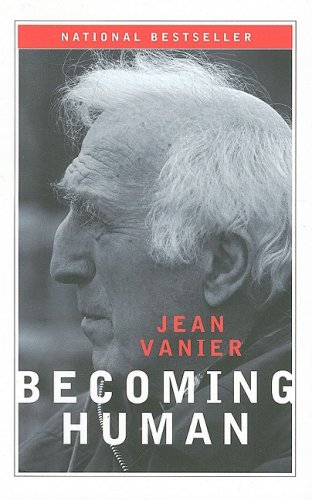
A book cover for Becoming Human; Jean Vanier; Christian Books & Bibles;